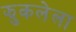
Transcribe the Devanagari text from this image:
झुकलेला